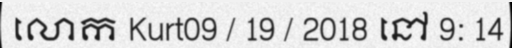
លោក Kurt09 / 19 / 2018 នៅ 9: 14